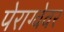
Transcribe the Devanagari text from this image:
पेराग्वेवर